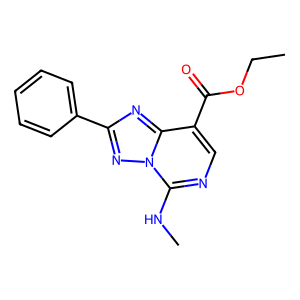
SMILES: CCOC(=O)c1cnc(NC)n2nc(-c3ccccc3)nc12
Inhibits HIV replication: No